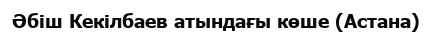
Әбіш Кекілбаев атындағы көше (Астана)